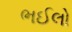
ભઈલો